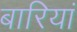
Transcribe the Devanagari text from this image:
बारियां